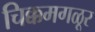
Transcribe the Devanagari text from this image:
चिक्कमगळूर